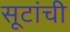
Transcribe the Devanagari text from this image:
सूटांची